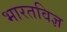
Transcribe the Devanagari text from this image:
भारतविज्ञ